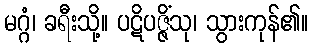
မဂ္ဂံ၊ ခရီးသို့။ ပဋိပဇ္ဇိံသု၊ သွားကုန်၏။